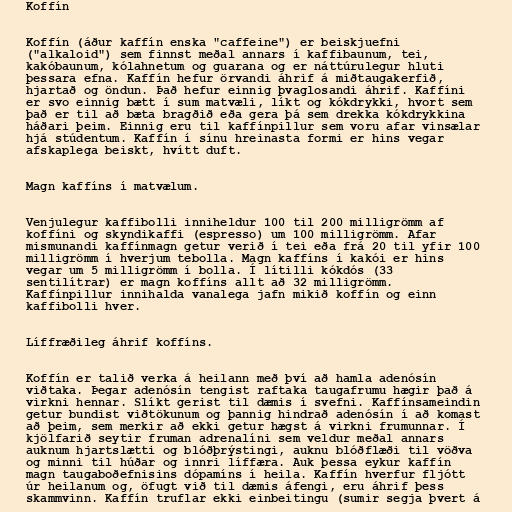
Koffín

Koffín (áður kaffín enska "caffeine") er beiskjuefni
("alkaloid") sem finnst meðal annars í kaffibaunum, tei,
kakóbaunum, kólahnetum og guarana og er náttúrulegur hluti
þessara efna. Kaffín hefur örvandi áhrif á miðtaugakerfið,
hjartað og öndun. Það hefur einnig þvaglosandi áhrif. Kaffíni
er svo einnig bætt í sum matvæli, líkt og kókdrykki, hvort sem
það er til að bæta bragðið eða gera þá sem drekka kókdrykkina
háðari þeim. Einnig eru til kaffínpillur sem voru afar vinsælar
hjá stúdentum. Kaffín í sínu hreinasta formi er hins vegar
afskaplega beiskt, hvítt duft.

Magn kaffíns í matvælum.

Venjulegur kaffibolli inniheldur 100 til 200 milligrömm af
koffíni og skyndikaffi (espresso) um 100 milligrömm. Afar
mismunandi kaffínmagn getur verið í tei eða frá 20 til yfir 100
milligrömm í hverjum tebolla. Magn kaffíns í kakói er hins
vegar um 5 milligrömm í bolla. Í lítilli kókdós (33
sentilítrar) er magn koffíns allt að 32 milligrömm.
Kaffínpillur innihalda vanalega jafn mikið koffín og einn
kaffibolli hver.

Líffræðileg áhrif koffíns.

Koffín er talið verka á heilann með því að hamla adenósín
viðtaka. Þegar adenósín tengist raftaka taugafrumu hægir það á
virkni hennar. Slíkt gerist til dæmis í svefni. Kaffínsameindin
getur bundist viðtökunum og þannig hindrað adenósín í að komast
að þeim, sem merkir að ekki getur hægst á virkni frumunnar. Í
kjölfarið seytir fruman adrenalíni sem veldur meðal annars
auknum hjartslætti og blóðþrýstingi, auknu blóðflæði til vöðva
og minni til húðar og innri líffæra. Auk þessa eykur kaffín
magn taugaboðefnisins dópamíns í heila. Kaffín hverfur fljótt
úr heilanum og, öfugt við til dæmis áfengi, eru áhrif þess
skammvinn. Kaffín truflar ekki einbeitingu (sumir segja þvert á